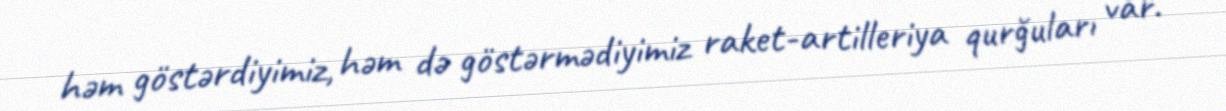
həm göstərdiyimiz, həm də göstərmədiyimiz raket-artilleriya qurğuları var.